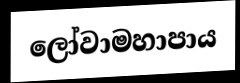
ලෝවාමහාපාය